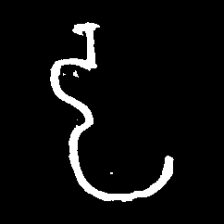
Pyu character \u2014 Myanmar letter: ဠ (romanized: lla)